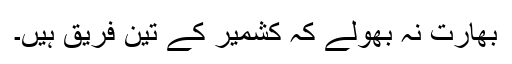
بھارت نہ بھولے کہ کشمیر کے تین فریق ہیں۔